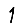
Digit: 1